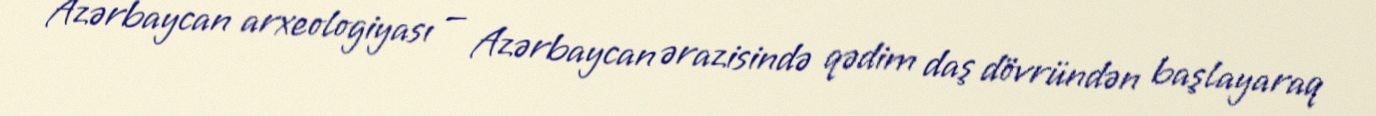
Azərbaycan arxeologiyası — Azərbaycan ərazisində qədim daş dövründən başlayaraq